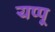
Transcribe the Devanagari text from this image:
यप्पू